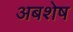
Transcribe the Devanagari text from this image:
अबशेष